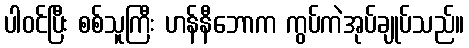
ပါဝင်ပြီး စစ်သူကြီး ဟန်နီဘောက ကွပ်ကဲအုပ်ချုပ်သည်။